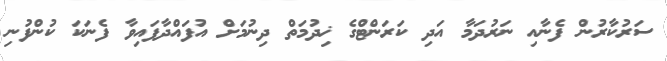
ސަރުކާރުން ފެނާއި ނަރުދަމާ އަދި ކަރަންޓްގެ ޚިދުމަތް ދިނުމަށް އުފައްދާފައިވާ ފެނަކަ ކުންފުނި